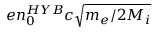
e n _ { 0 } ^ { H Y B } c \sqrt { m _ { e } / 2 M _ { i } }